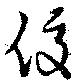
俊